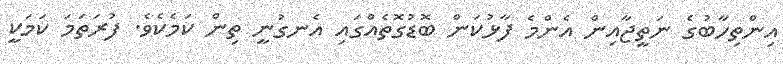
އިންތިހާބުގެ ނަތީޖާއިން އެންމެ ފާޅުކަން ބޮޑުގޮތެއްގައި އެނގުނީ ތިން ކަމެކެވެ. ފުރަތަމަ ކަމަކީ